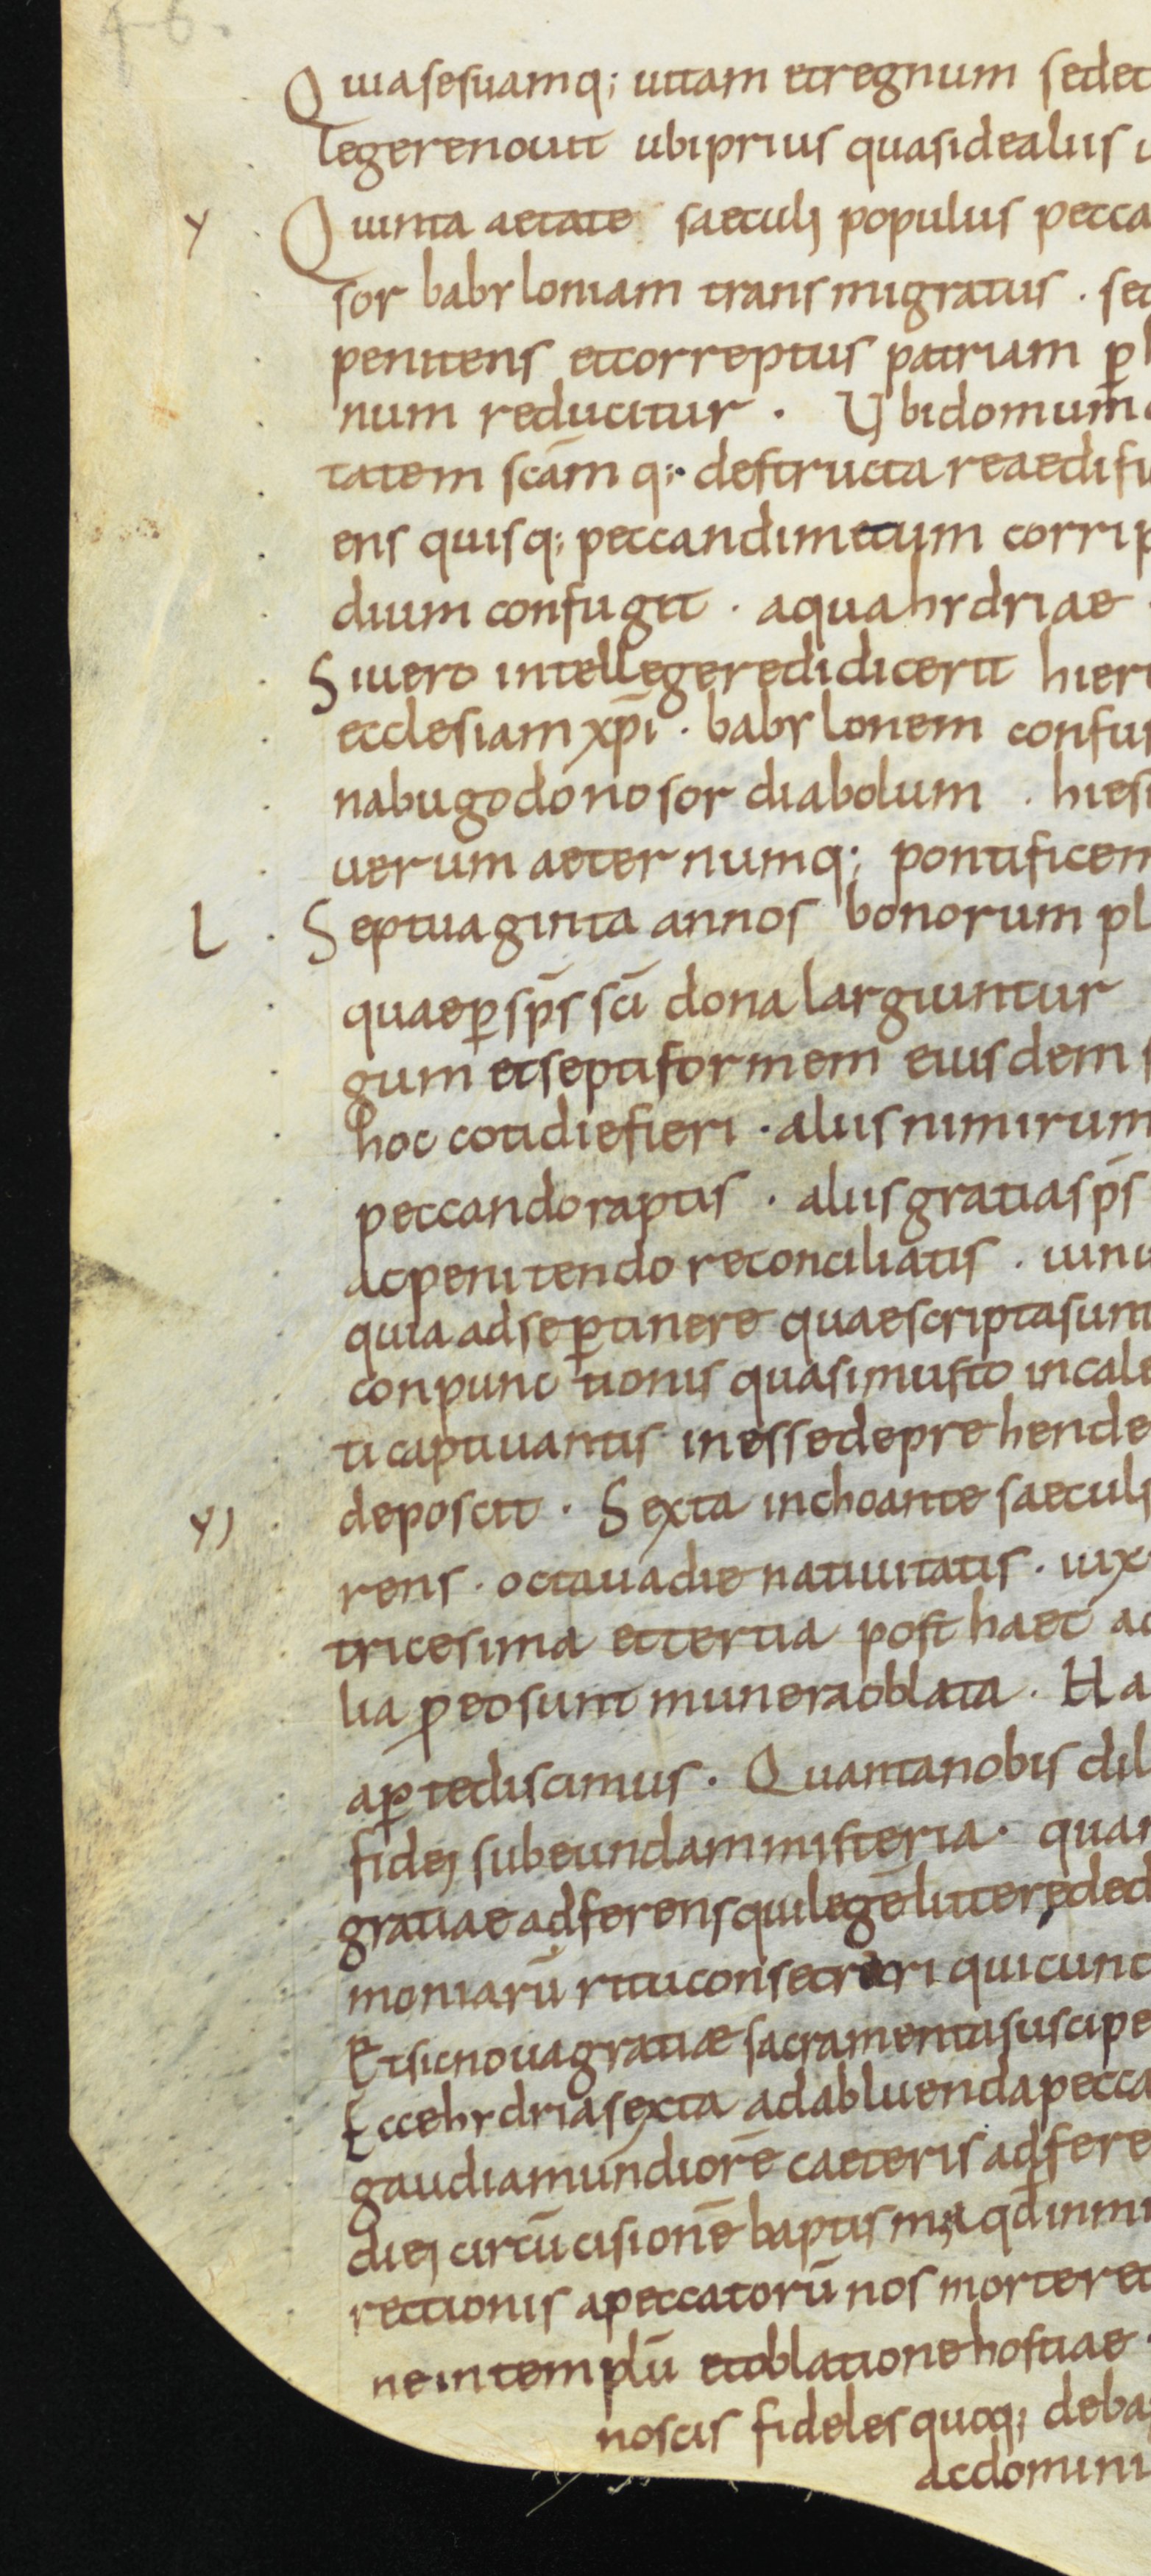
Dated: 800–899